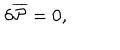
\delta { \overline { { { \cal P } } } } = 0 ,